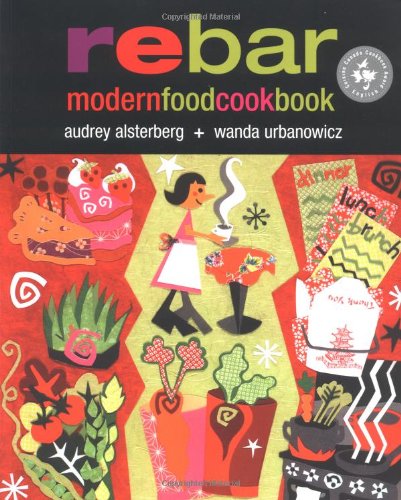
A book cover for Rebar: Modern Food Cookbook; Audrey Alsterburg; Cookbooks, Food & Wine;